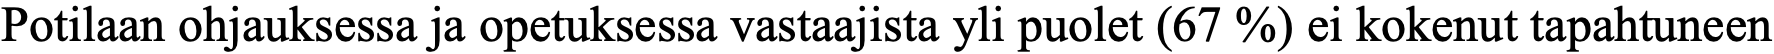
Potilaan ohjauksessa ja opetuksessa vastaajista yli puolet (67 %) ei kokenut tapahtuneen